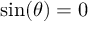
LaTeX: \sin ( \theta ) = 0